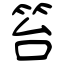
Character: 笞